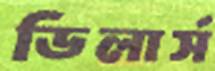
ডিলার্স